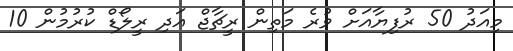
މިއަދު 50 ރުފިޔާއަށް ވުރެ މަތިން ރީޗާޖް އަދި ރީލޯޑް ކުރުމުން 10